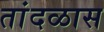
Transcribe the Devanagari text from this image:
तांदळास